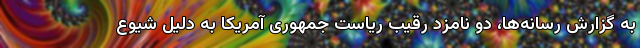
به گزارش رسانه‌ها، دو نامزد رقیب ریاست جمهوری آمریکا به دلیل شیوع